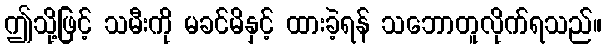
ဤသို့ဖြင့် သမီးကို မခင်မိနှင့် ထားခဲ့ရန် သဘောတူလိုက်ရသည်။